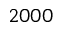
2 0 0 0